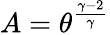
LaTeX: A=\theta^{\frac{\gamma-2}{\gamma}}